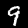
Digit: 9